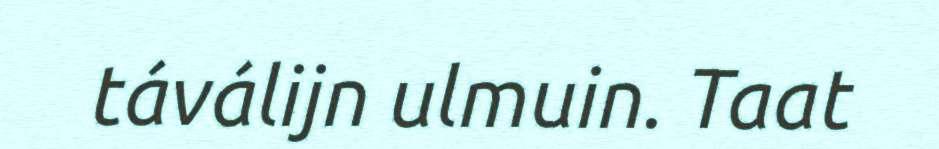
táválijn ulmuin. Taat